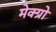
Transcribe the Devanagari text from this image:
मेक्ग्रो